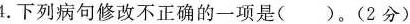
4.下列病句修改不正确的一项是()。(2分)